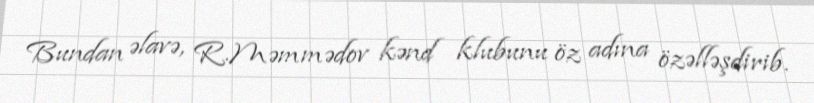
Bundan əlavə, R.Məmmədov kənd klubunu öz adına özəlləşdirib.